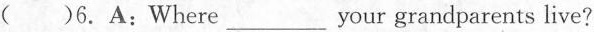
( )6.A:Where___ your grandparents live?